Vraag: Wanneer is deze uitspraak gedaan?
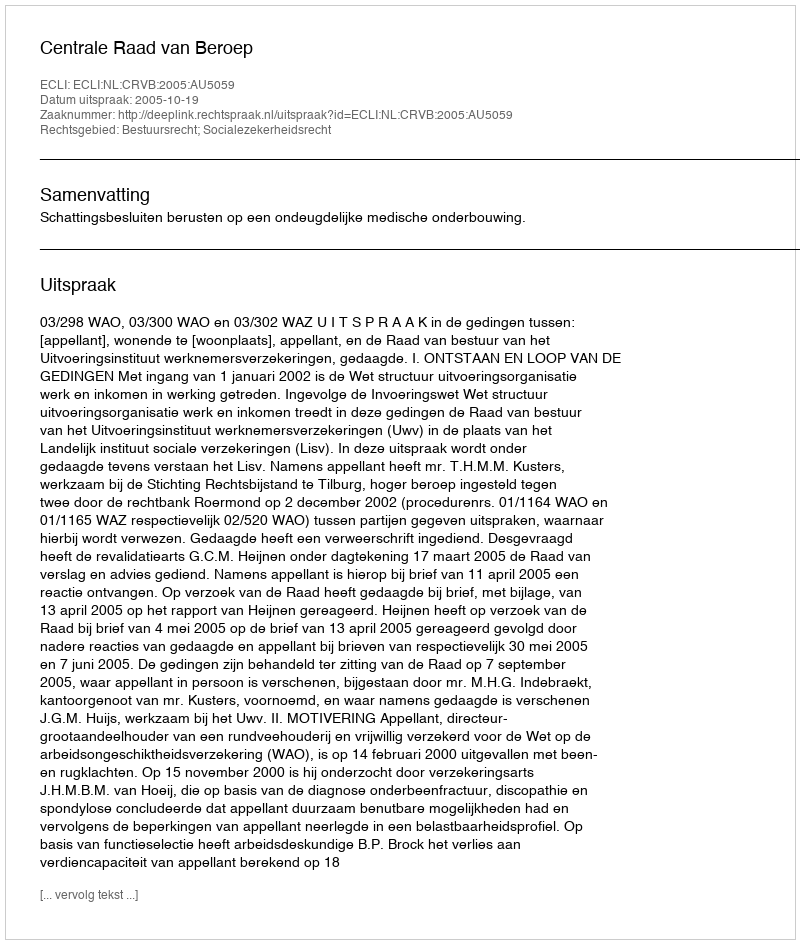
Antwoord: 2005-10-19